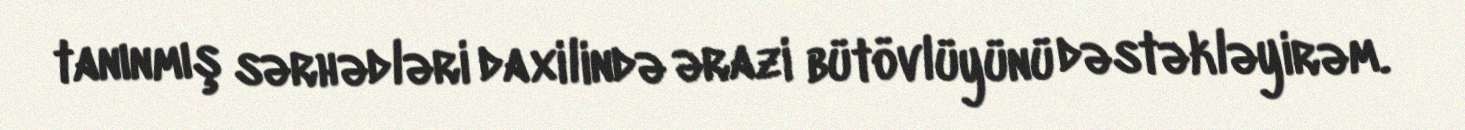
tanınmış sərhədləri daxilində ərazi bütövlüyünü dəstəkləyirəm.